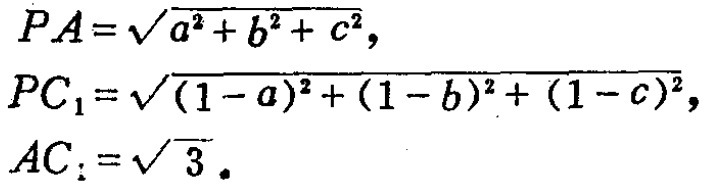
\[
\begin{align*}
PA&=\sqrt{a^{2}+b^{2}+c^{2}},\\
PC_{1}&=\sqrt{(1 - a)^{2}+(1 - b)^{2}+(1 - c)^{2}},\\
AC_{1}&=\sqrt{3}.
\end{align*}
\]